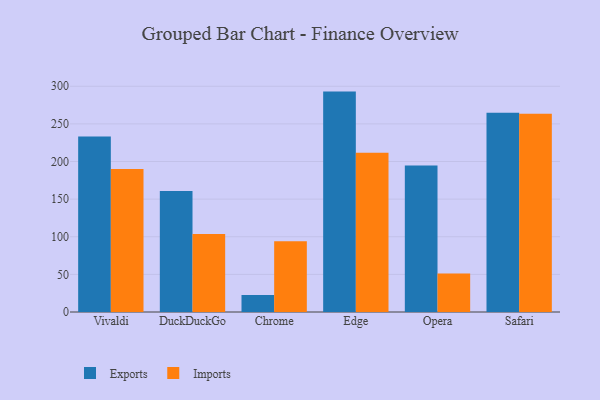
{"axis": {"x": "Browser", "y": "Waste Production (Tons)"}, "legend": ["Exports", "Imports"], "data": [{"x": "Vivaldi", "y": 233.1, "type": "Exports"}, {"x": "Vivaldi", "y": 190.1, "type": "Imports"}, {"x": "DuckDuckGo", "y": 160.8, "type": "Exports"}, {"x": "DuckDuckGo", "y": 103.5, "type": "Imports"}, {"x": "Chrome", "y": 22.5, "type": "Exports"}, {"x": "Chrome", "y": 94.0, "type": "Imports"}, {"x": "Edge", "y": 292.9, "type": "Exports"}, {"x": "Edge", "y": 211.6, "type": "Imports"}, {"x": "Opera", "y": 194.7, "type": "Exports"}, {"x": "Opera", "y": 51.2, "type": "Imports"}, {"x": "Safari", "y": 264.7, "type": "Exports"}, {"x": "Safari", "y": 263.4, "type": "Imports"}]}